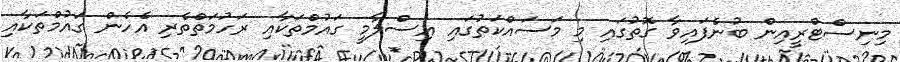
މިނިސްޓްރީއިން ބުނެފައިވާ ގޮތުގައި މި މަސައްކަތުގައި އިސްލާމީ ގައުމްތަކާއި ރަހުމަތްތެރި އެހެން ގައުމްތަކާއި